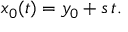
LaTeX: x _ { 0 } ( t ) = y _ { 0 } + s \, t .